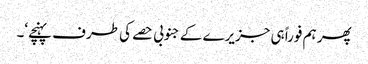
پھر ہم فوراً ہی جزیرے کے جنوبی حصے کی طرف پہنچے‘۔